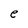
Character: e